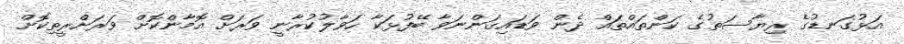
އަޅުގަނޑުގެ ރިޔާސަތުގެ ކަންތައްތައް ދެން ވަޑައިގަންނަވާ ބޭފުޅަކާ ހަވާލުކުރާނީ ވަރަށް އޮމާންކޮށް ވަރަށްރީތިކޮށް